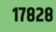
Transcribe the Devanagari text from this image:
१७८२८